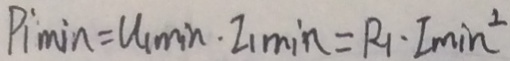
P _ { 1 \min } = u _ { 1 \min } \cdot I _ { 1 \min } = R _ { 1 } \cdot I _ { \min ^ { 2 } }